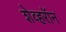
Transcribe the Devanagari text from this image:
शेव्हरॉन